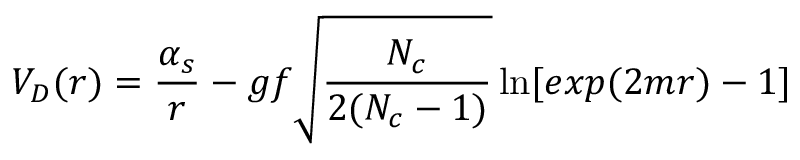
V _ { D } ( r ) = { \frac { \alpha _ { s } } { r } } - g f \sqrt { \frac { N _ { c } } { 2 ( N _ { c } - 1 ) } } \ln [ e x p ( 2 m r ) - 1 ] \qquad